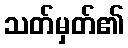
သတ်မှတ်၏